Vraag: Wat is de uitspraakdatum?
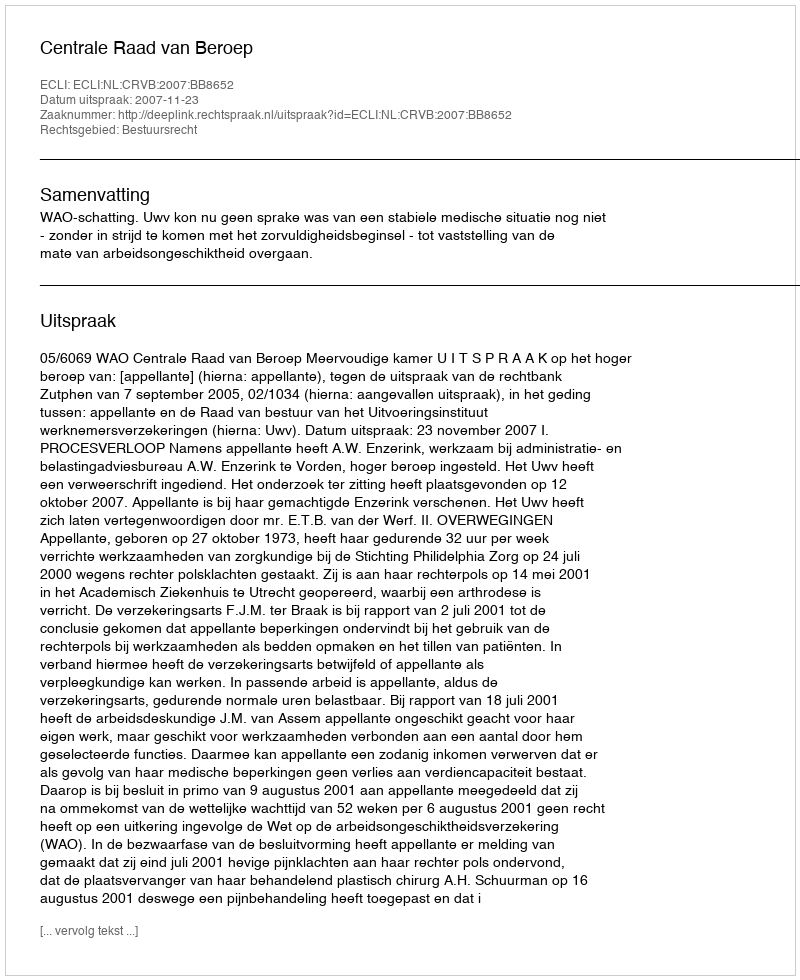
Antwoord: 2007-11-23